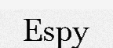
Espy